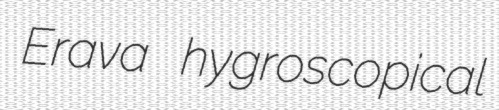
Erava hygroscopical